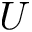
U